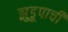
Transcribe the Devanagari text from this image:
झुडूपाची